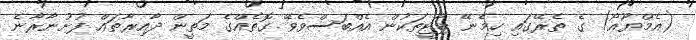
(އެމްޔޫއޯ) ގެ ތެރޭގައި ހިމެނޭ ޕާޓީތަކުން އެއްބަސްވެވޭ ގޮތެއްގެ މަތީން ދާއިރާތައް ފުށުނާރާނެ